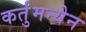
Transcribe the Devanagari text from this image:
कर्तुमन्येन